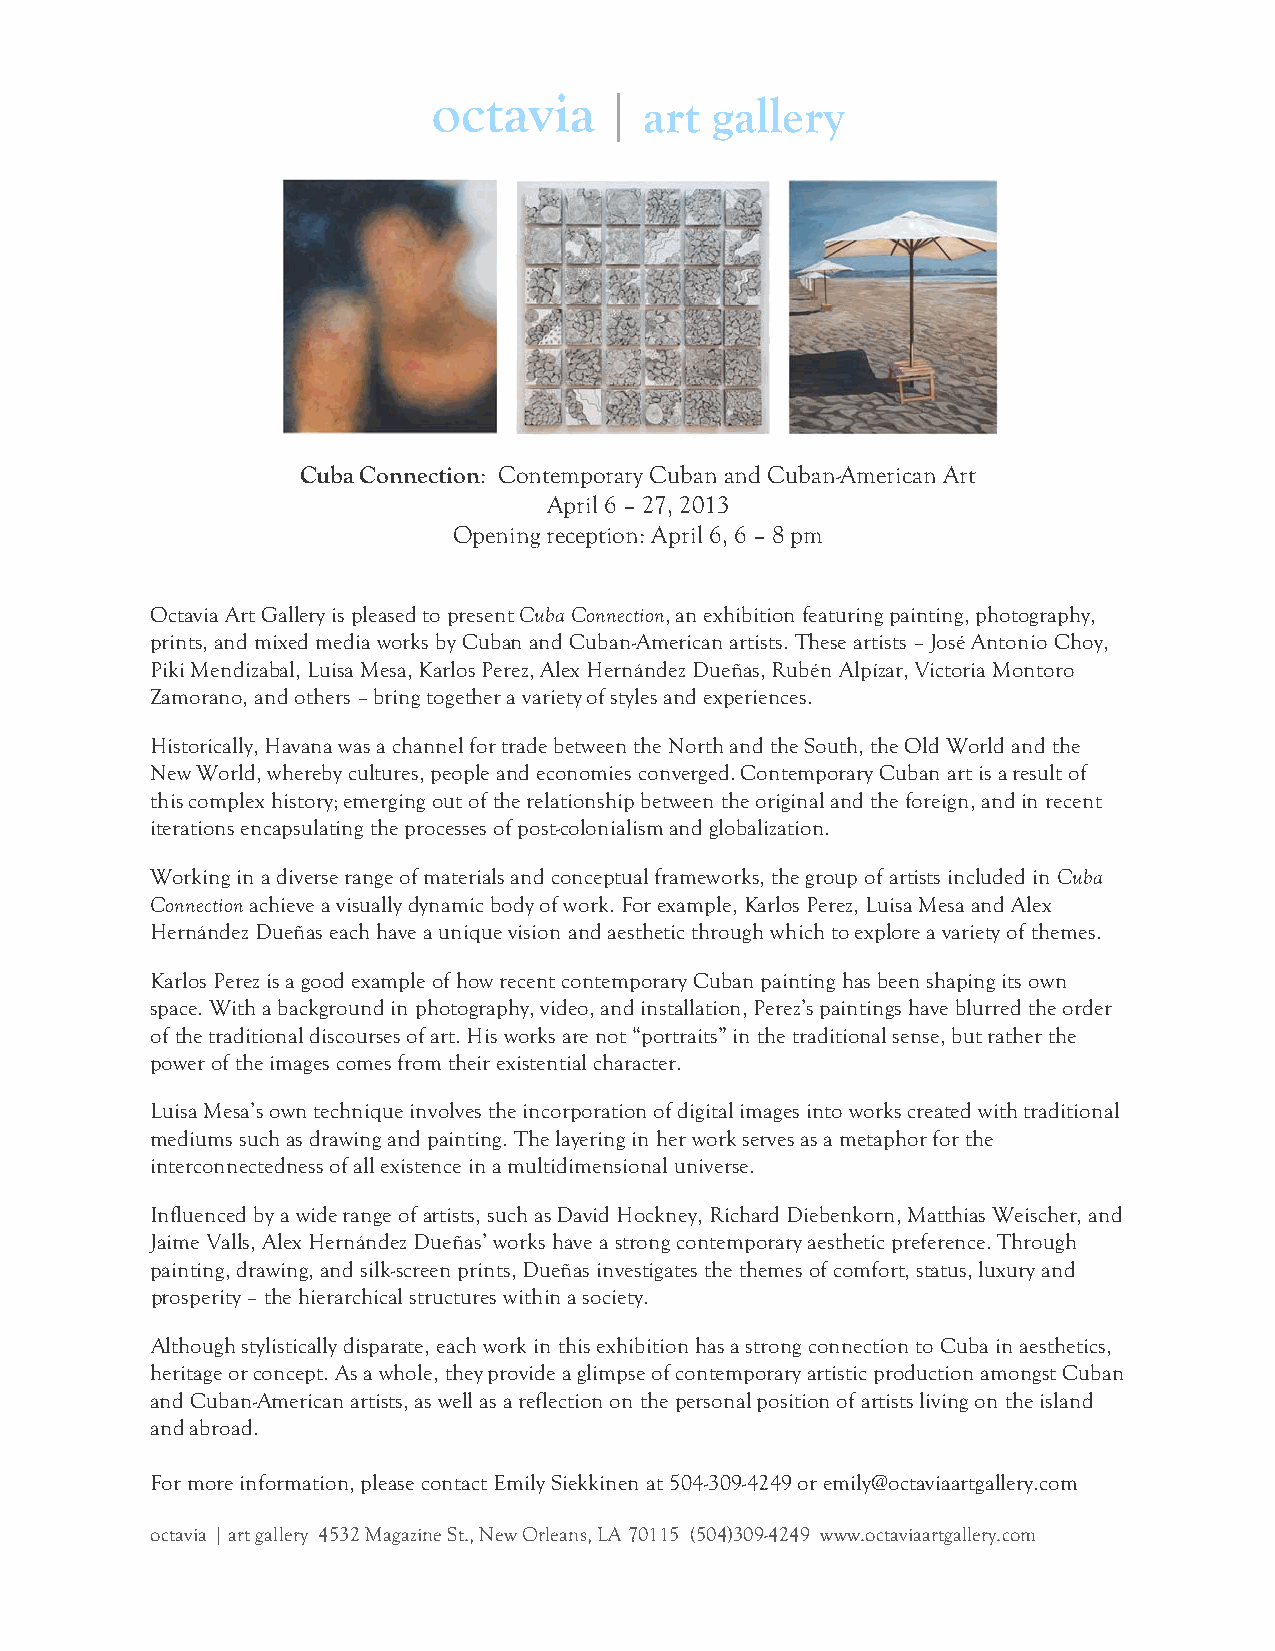
octavia    |  art gallery
 Cuba Connection: Contemporary Cuban and Cuban-American Art
 April 6 – 27, 2013
 Opening reception: April 6, 6 – 8 pm
 Octavia Art Gallery is pleased to present Cuba Connection, an exhibition featuring painting, photography,
 prints, and mixed media works by Cuban and Cuban-American artists. These artists – José Antonio Choy,
 Piki Mendizabal, Luisa Mesa, Karlos Perez, Alex Hernández Dueñas, Rubén Alpízar, Victoria Montoro
 Zamorano, and others – bring together a variety of styles and experiences.
 Historically, Havana was a channel for trade between the North and the South, the Old World and the
 New World, whereby cultures, people and economies converged. Contemporary Cuban art is a result of
 this complex history; emerging out of the relationship between the original and the foreign, and in recent
 iterations encapsulating the processes of post-colonialism and globalization.
 Working in a diverse range of materials and conceptual frameworks, the group of artists included in Cuba
 Connection achieve a visually dynamic body of work. For example, Karlos Perez, Luisa Mesa and Alex
 Hernández Dueñas each have a unique vision and aesthetic through which to explore a variety of themes.
 Karlos Perez is a good example of how recent contemporary Cuban painting has been shaping its own
 space. With a background in photography, video, and installation, Perez’s paintings have blurred the order
 of the traditional discourses of art. His works are not “portraits” in the traditional sense, but rather the
 power of the images comes from their existential character.
 Luisa Mesa’s own technique involves the incorporation of digital images into works created with traditional
 mediums such as drawing and painting. The layering in her work serves as a metaphor for the
 interconnectedness of all existence in a multidimensional universe.
 Influenced by a wide range of artists, such as David Hockney, Richard Diebenkorn, Matthias Weischer, and
 Jaime Valls, Alex Hernández Dueñas’ works have a strong contemporary aesthetic preference. Through
 painting, drawing, and silk-screen prints, Dueñas investigates the themes of comfort, status, luxury and
 prosperity – the hierarchical structures within a society.
 Although stylistically disparate, each work in this exhibition has a strong connection to Cuba in aesthetics,
 heritage or concept. As a whole, they provide a glimpse of contemporary artistic production amongst Cuban
 and Cuban-American artists, as well as a reflection on the personal position of artists living on the island
 and abroad.
 For more information, please contact Emily Siekkinen at 504-309-4249 or emily@octaviaartgallery.com
 octavia | art gallery 4532 Magazine St., New Orleans, LA 70115 (504)309-4249 www.octaviaartgallery.com